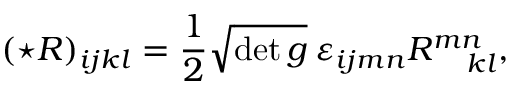
( \star R ) _ { i j k l } = { \frac { 1 } { 2 } } \sqrt { \operatorname * { d e t } g } \: \varepsilon _ { i j m n } R _ { \: \: \: \: \: \: k l } ^ { m n } ,